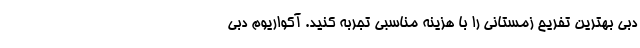
دبی بهترین تفریح زمستانی را با هزینه مناسبی تجربه کنید. آکواریوم دبی